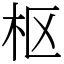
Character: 枢